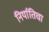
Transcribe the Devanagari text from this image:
निर्यातिचा